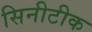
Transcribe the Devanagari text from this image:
सिनीटीक